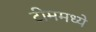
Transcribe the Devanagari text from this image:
टीममध्ये